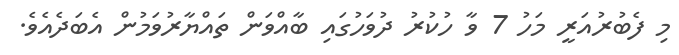
މި ފެބުރުއަރީ މަހު 7 ވާ ހުކުރު ދުވަހުގައި ބާއްވަން ތައްޔާރުވަމުން އެބަދެއެވެ.